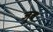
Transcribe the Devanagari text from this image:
जूब